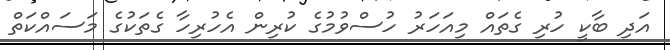
އަދި ބާކީ ހުރި ގެތައް މިއަހަރު ހުސްވުމުގެ ކުރިން އެހުރިހާ ގެތަކުގެ މަސައްކަތް